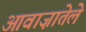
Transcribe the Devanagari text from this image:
आवाज़ातेले